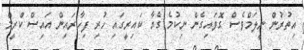
އިތުރުން ނީލަމްވެސް ގޮވައިގެން ނިކުމެ ގެޔާ ކައިރީގައި ހުރި ފިހާރައިން އައިސް ކްރީމް